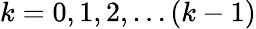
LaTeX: k=0,1,2,...(k-1)